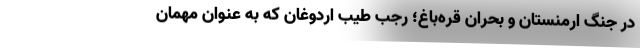
در جنگ ارمنستان و بحران قره­باغ؛ رجب طیب اردوغان که به عنوان مهمان